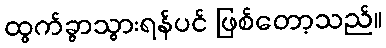
ထွက်ခွာသွားရန်ပင် ဖြစ်တော့သည်။